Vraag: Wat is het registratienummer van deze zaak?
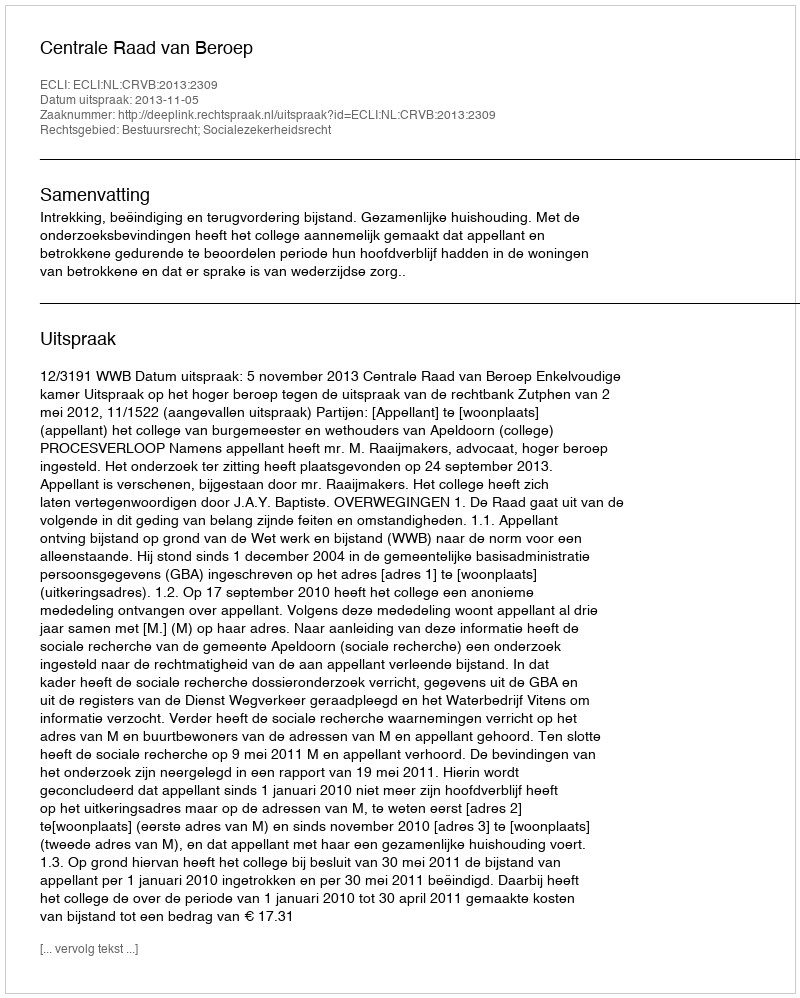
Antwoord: http://deeplink.rechtspraak.nl/uitspraak?id=ECLI:NL:CRVB:2013:2309